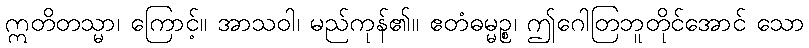
ဣတိတသ္မာ၊ ကြောင့်။ အာသဝါ၊ မည်ကုန်၏။ ဧတံဓမ္မဉ္စ၊ ဤဂေါတြဘူတိုင်အောင် သော